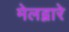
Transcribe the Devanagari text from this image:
मेलद्वारे